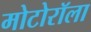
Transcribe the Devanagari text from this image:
मोटोरॉला